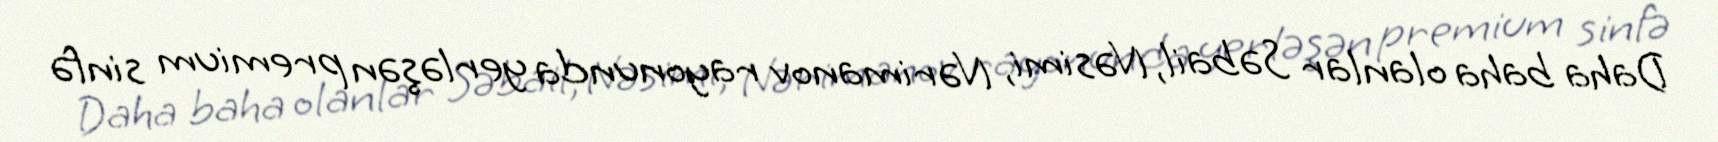
Daha baha olanlar Səbail, Nəsimi, Nərimanov rayonunda yerləşən premium sinfə